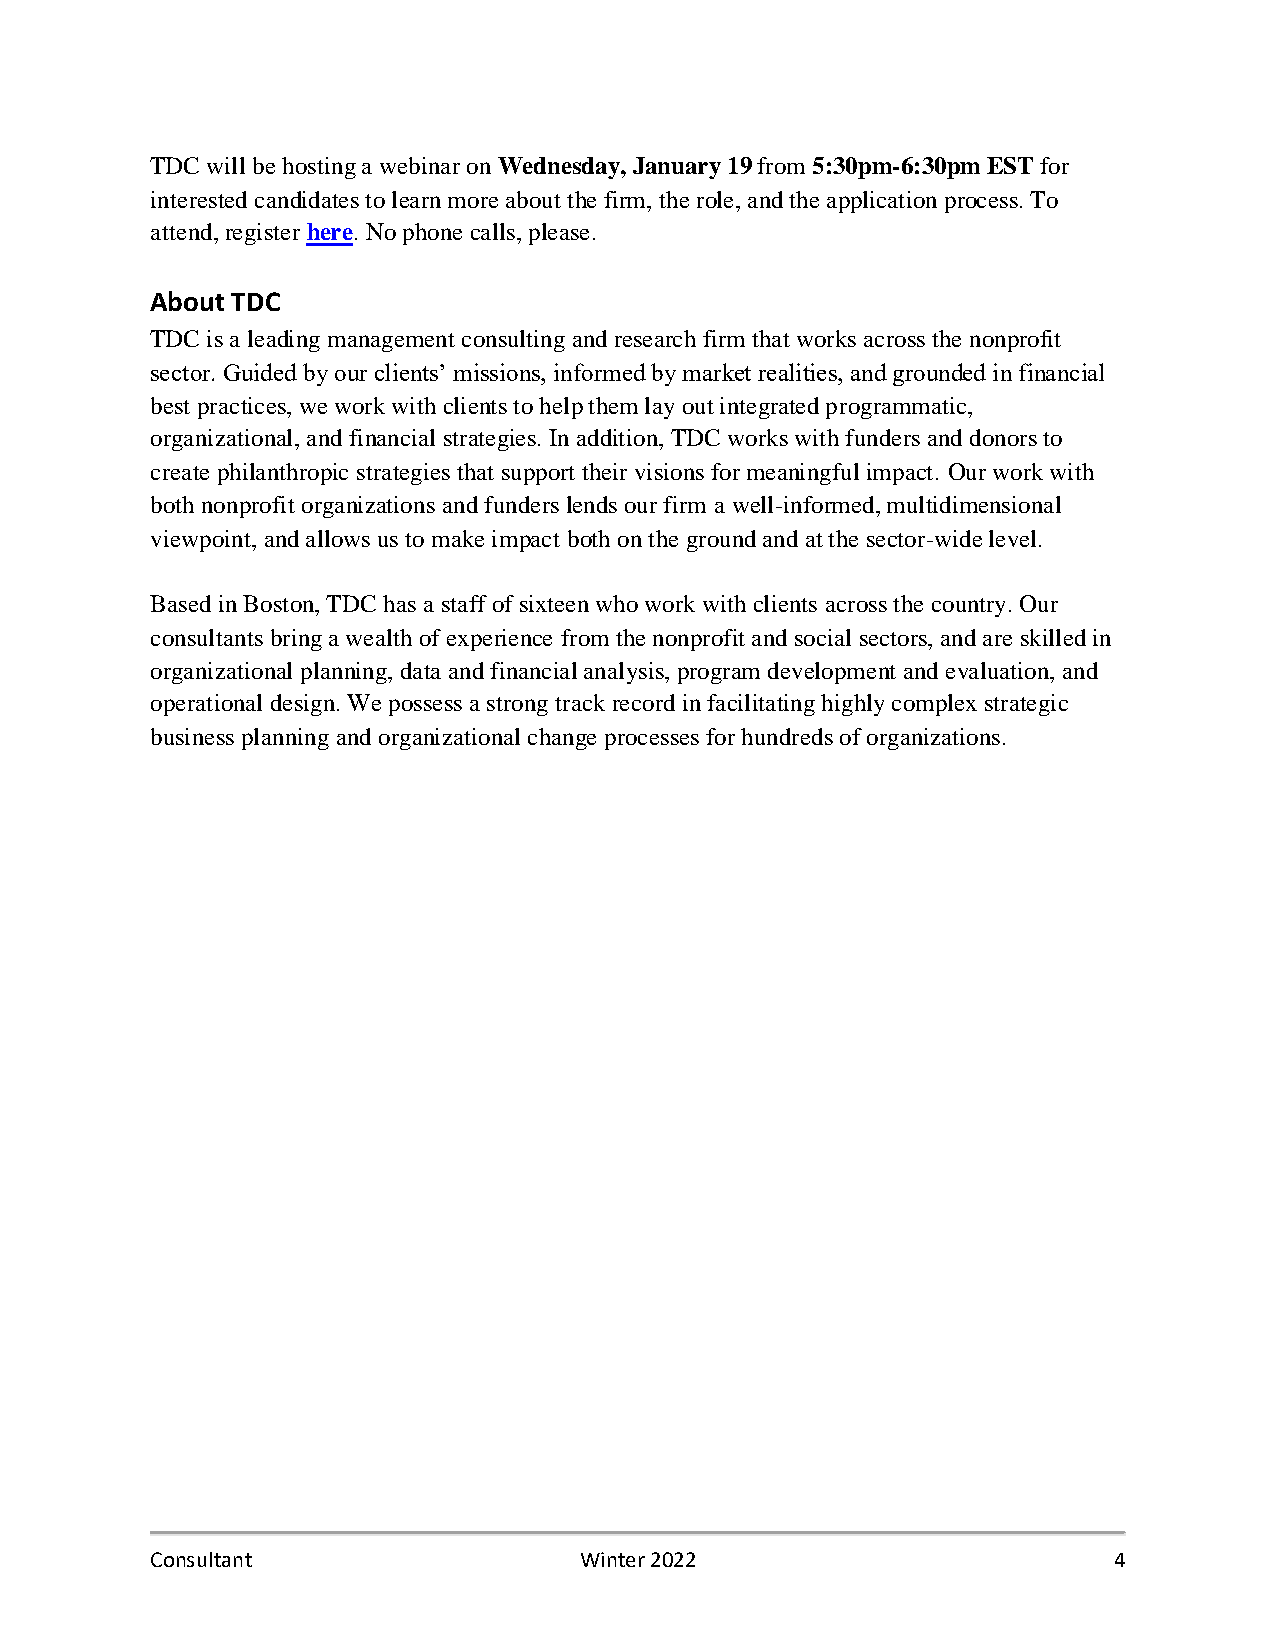
TDC will be hosting a webinar on Wednesday, January 19 from 5:30pm-6:30pm EST for
 interested candidates to learn more about the firm, the role, and the application process. To
 attend, register here. No phone calls, please.
 About TDC
 TDC is a leading management consulting and research firm that works across the nonprofit
 sector. Guided by our clients’ missions, informed by market realities, and grounded in financial
 best practices, we work with clients to help them lay out integrated programmatic,
 organizational, and financial strategies. In addition, TDC works with funders and donors to
 create philanthropic strategies that support their visions for meaningful impact. Our work with
 both nonprofit organizations and funders lends our firm a well-informed, multidimensional
 viewpoint, and allows us to make impact both on the ground and at the sector-wide level.
 Based in Boston, TDC has a staff of sixteen who work with clients across the country. Our
 consultants bring a wealth of experience from the nonprofit and social sectors, and are skilled in
 organizational planning, data and financial analysis, program development and evaluation, and
 operational design. We possess a strong track record in facilitating highly complex strategic
 business planning and organizational change processes for hundreds of organizations.
 Consultant                  Winter 2022                         4